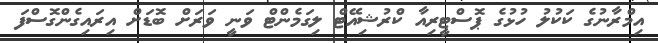
އިމްރާނުގެ ކަކުލު ހުޅުގެ ޕޮސްޓީރިއާ ކްރުޝިއޭޓް ލިގަމެންޓް ވަނީ ވަރަށް ބޮޑަށް އިރައިގެންގޮސްފަ